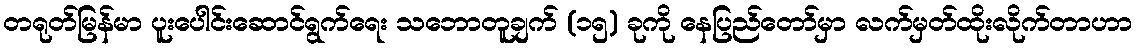
တရုတ်မြန်မာ ပူးပေါင်းဆောင်ရွက်ရေး သဘောတူချက် (၁၅) ခုကို နေပြည်တော်မှာ လက်မှတ်ထိုးလိုက်တာဟာ